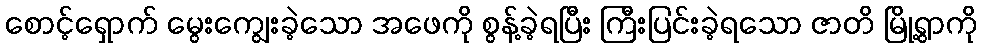
စောင့်ရှောက် မွေးကျွေးခဲ့သော အဖေကို စွန့်ခဲ့ရပြီး ကြီးပြင်းခဲ့ရသော ဇာတိ မြို့ရွာကို